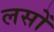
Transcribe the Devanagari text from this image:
लसों